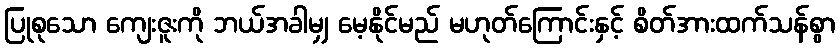
ပြုစုသော ကျေးဇူးကို ဘယ်အခါမျှ မေ့နိုင်မည် မဟုတ်ကြောင်းနှင့် စိတ်အားထက်သန်စွာ